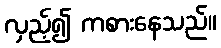
လှည့်၍ ကစားနေသည်။